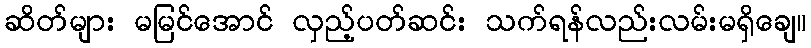
ဆိတ်များ မမြင်အောင် လှည့်ပတ်ဆင်း သက်ရန်လည်းလမ်းမရှိချေ။